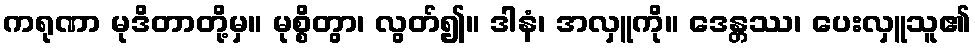
ကရုဏာ မုဒိတာတို့မှ။ မုစ္စိတွာ၊ လွတ်၍။ ဒါနံ၊ အလှူကို။ ဒေန္တဿ၊ ပေးလှူသူ၏